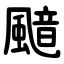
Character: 䬓